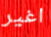
اغير